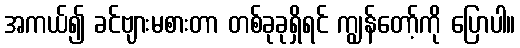
အကယ်၍ ခင်ဗျားမစားတာ တစ်ခုခုရှိရင် ကျွန်တော့်ကို ပြောပါ။